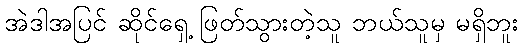
အဲဒါအပြင် ဆိုင်ရှေ့ ဖြတ်သွားတဲ့သူ ဘယ်သူမှ မရှိဘူး